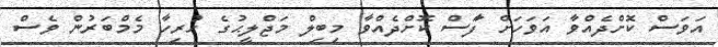
އަވަސް ކޮށްދެއްވާ އަވަހަށް ފާަސް ކޮށްދެއްވާ މިބިލް މަޖްލީޙުގެ ހުރިހާ މެމްބަރުން ވެސް